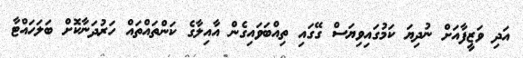
އަދި ވަޒީފާއަށް ނުދިޔަ ކަމުގައިވިޔަސް ގޭގައި ތިއްބަވައިގެން އާއިލާގެ ކަންތައްތައް ހަރުދަނާކޮށް ބަލަހައްޓާ